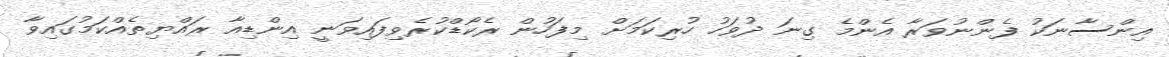
އިންސާނަކު ފެންނުވަރާ އެންމެ ގިނަ ދުވަހު ހުރިކަމަށް މިފަހުން ރެކޯޑްކުރެވިފައިވަނީ އިންޑިއާ ރައްޔިތެއްކަމުގައިވާ